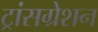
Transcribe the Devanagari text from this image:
ट्रांसग्रेशन